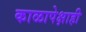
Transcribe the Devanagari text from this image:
काळापेक्षाही